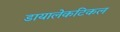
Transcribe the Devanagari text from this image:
डायालेकटिकल